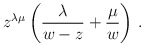
\begin{align*}z^{\lambda\mu}\left({\lambda\over w-z}+{\mu\over w}\right)\,.\end{align*}